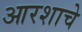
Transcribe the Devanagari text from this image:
आरशाचे